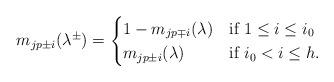
LaTeX: \begin{align*}m_{jp\pm i}(\lambda^{\pm}) = \begin{cases}1-m_{jp\mp i}(\lambda) & \textrm{if $1\leq i\leq i_0$} \\m_{jp\pm i}(\lambda) & \textrm{if $i_0< i\leq h$}.\end{cases}\end{align*}